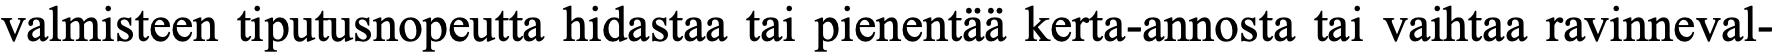
valmisteen tiputusnopeutta hidastaa tai pienentää kerta-annosta tai vaihtaa ravinneval-